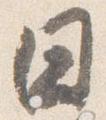
日